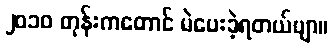
၂၀၁၀ တုန်းကတောင် မဲပေးခဲ့ရတယ်ဗျာ။